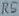
Text: R5